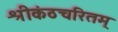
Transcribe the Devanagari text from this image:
श्रीकंठचरितम्‌